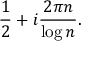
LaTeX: { \frac { 1 } { 2 } } + i { \frac { 2 \pi n } { \log n } } .